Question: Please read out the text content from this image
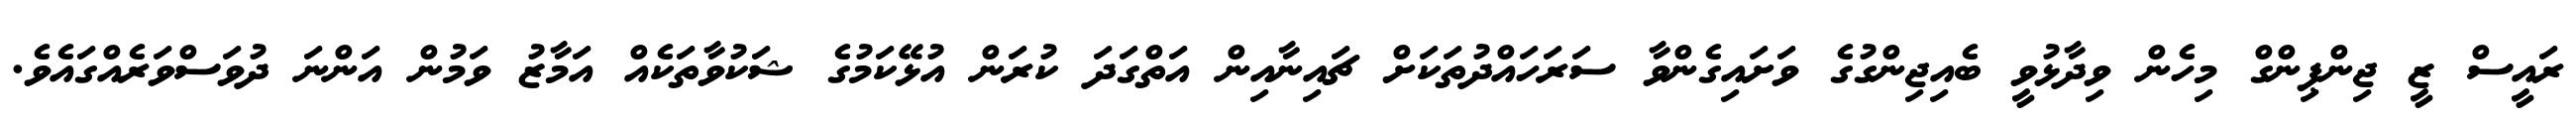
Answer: ރައީސް ޒީ ޖިންޕިންގް މިހެން ވިދާޅުވީ ބެއިޖިންގުގެ ވަށައިގެންވާ ސަރަހައްދުތަކަށް ޗައިނާއިން އަތްގަދަ ކުރަން އުޅޭކަމުގެ ޝަކުވާތަކެއް އަމާޒު ވަމުން އަންނަ ދުވަސްވަރެއްގައެވެ.